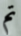
تم